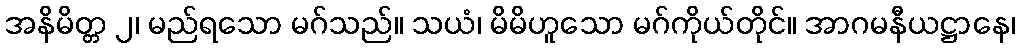
အနိမိတ္တ ၂၊ မည်ရသော မဂ်သည်။ သယံ၊ မိမိဟူသော မဂ်ကိုယ်တိုင်။ အာဂမနီယဋ္ဌာနေ၊